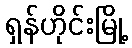
ရှန်ဟိုင်းမြို့